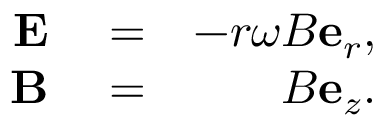
\begin{array} { r l r } { \mathbf { E } } & { { } = } & { - r \omega B \mathbf { e } _ { r } , } \\ { \mathbf { B } } & { { } = } & { B \mathbf { e } _ { z } . } \end{array}